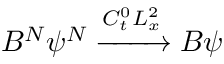
B ^ { N } \psi ^ { N } \xrightarrow [ ] { C _ { t } ^ { 0 } L _ { x } ^ { 2 } } B \psi